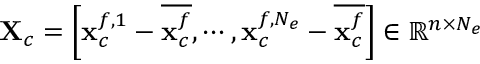
\mathbf { X } _ { c } = \left[ { \bf x } _ { c } ^ { f , 1 } - \overline { { { \bf x } _ { c } ^ { f } } } , \cdots , { \bf x } _ { c } ^ { f , N _ { e } } - \overline { { { \bf x } _ { c } ^ { f } } } \right] \in \mathbb { R } ^ { n \times N _ { e } }